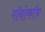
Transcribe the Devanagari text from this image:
राॅबोकाॅप